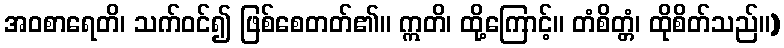
အဝစာရေတိ၊ သက်ဝင်၍ ဖြစ်စေတတ်၏။ ဣတိ၊ ထို့ကြောင့်။ တံစိတ္တံ၊ ထိုစိတ်သည်။)